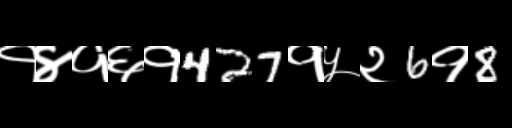
Text: १४१६१427१५२6१8